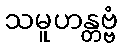
သမူဟန္တဗ္ဗံ